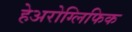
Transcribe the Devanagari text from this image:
हेअरोग्लिफिक